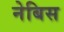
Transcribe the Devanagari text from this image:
नेबिस